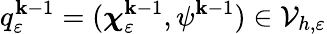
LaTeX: q_{\varepsilon}^{\mathbf{k}-1}=(\boldsymbol{\chi}_{\varepsilon}^{\mathbf{k}-1},\psi^{\mathbf{k}-1})\in\mathcal{{V}}_{h,\varepsilon}